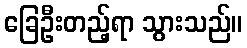
ခြေဦးတည့်ရာ သွားသည်။